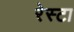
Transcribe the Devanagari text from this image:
रेस्टा